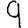
Digit: 9